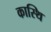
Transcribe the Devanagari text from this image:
कास्थि